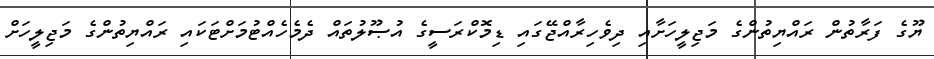
ޔޫގެ ފަރާތުން ރައްޔިތުންގެ މަޖިލީހަށާއި ދިވެހިރާއްޖޭގައި ޑިމޮކްރަސީގެ އުޞޫލުތައް ދެމެހެއްޓުމަށްޓަކައި ރައްޔިތުންގެ މަޖިލީހަށް